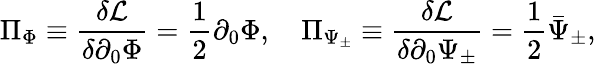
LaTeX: \Pi_{\Phi}\equiv\frac{\delta{\cal L}}{\delta\partial_{0}\Phi}=\frac{1}{2}\partial_{0}\Phi,{}~~~~\Pi_{\Psi_{\pm}}\equiv\frac{\delta{\cal L}}{\delta\partial_{0}\Psi_{\pm}}=\frac{1}{2}\bar{\Psi}_{\pm},